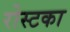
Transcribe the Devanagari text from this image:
रोस्टका